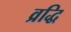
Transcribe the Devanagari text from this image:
व्रद्धि